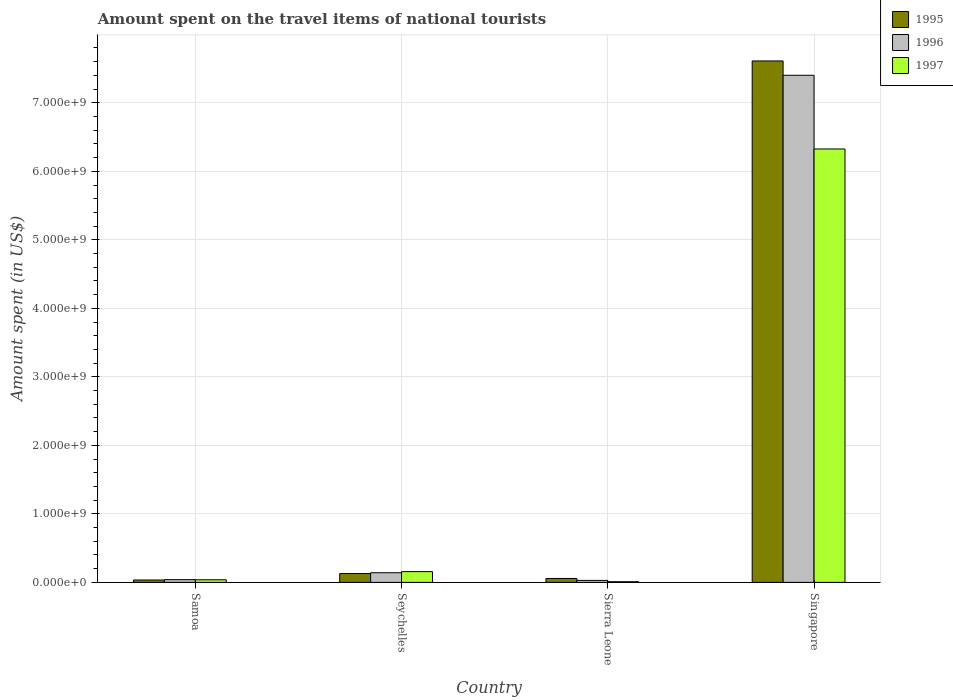
| Country | 1995 | 1996 | 1997 |
 | --- | --- | --- | --- |
 | Samoa | 3.5e+07 | 4e+07 | 3.8e+07 |
 | Seychelles | 1.29e+08 | 1.41e+08 | 1.57e+08 |
 | Sierra Leone | 5.7e+07 | 2.9e+07 | 1e+07 |
 | Singapore | 7.61e+09 | 7.4e+09 | 6.33e+09 |